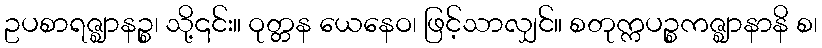
ဥပစာရဇ္ဈာနဉ္စ၊ သို့၎င်း။ ဝုတ္တန ယေနေဝ၊ ဖြင့်သာလျှင်။ စတုက္ကပဉ္စကဇ္ဈာနာနိ စ၊